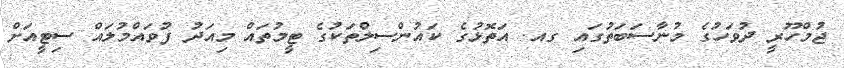
ޖުމްހޫރީ ދުވަހުގެ މުނާސަބަތުގައި ގއ. އަތޮޅުގެ ކައުންސިލްތަކުގެ ޓީމުތައް މިއަދު ފުވައްމުލައް ސިޓީއަށް